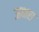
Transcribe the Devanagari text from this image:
ऊभरा